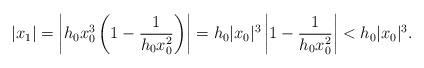
LaTeX: \begin{align*}|x_1|=\left|h_0x_0^3 \left(1-\frac 1{h_0x_0^2} \right) \right|= h_0|x_0|^3 \left|1-\frac 1{h_0x_0^2}\right|< h_0|x_0|^3.\end{align*}